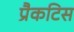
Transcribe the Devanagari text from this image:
प्रैकटिस